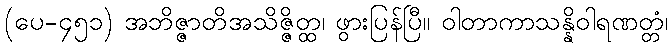
(ပေ-၄၅၁) အဘိဇ္ဇာတိအသိဇ္ဇိတ္ထ၊ ဖွားပြန်ပြီ။ ဝါတာကာသန္နိဝါရဏတ္တံ၊